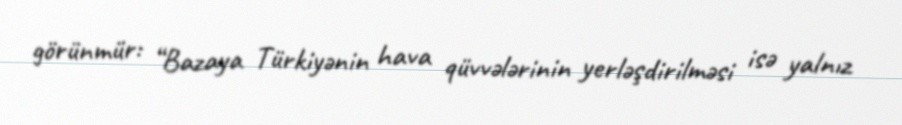
görünmür: “Bazaya Türkiyənin hava qüvvələrinin yerləşdirilməsi isə yalnız